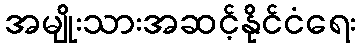
အမျိုးသားအဆင့်နိုင်ငံရေး